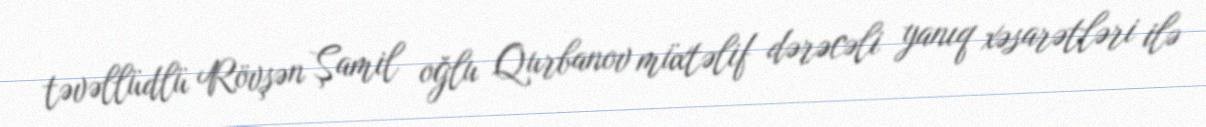
təvəllüdlü Rövşən Şamil oğlu Qurbanov müxtəlif dərəcəli yanıq xəsarətləri ilə